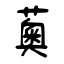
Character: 薁